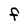
Character: F